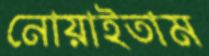
নোয়াইতাম